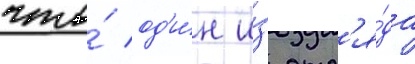
что́ од'и́н и́з отр'я́да